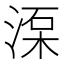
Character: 𣸺